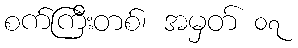
စက်ကြီးတစ်၊ အမှတ် ၀၇